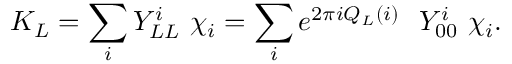
K _ { L } = \sum _ { i } Y _ { L L } ^ { i } \ \chi _ { i } = \sum _ { i } e ^ { 2 \pi i Q _ { L } ( i ) } \ \ Y _ { 0 0 } ^ { i } \ \chi _ { i } .